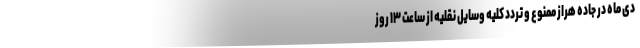
دی ماه در جاده هراز ممنوع و تردد کلیه وسایل نقلیه از ساعت ۱۳ روز